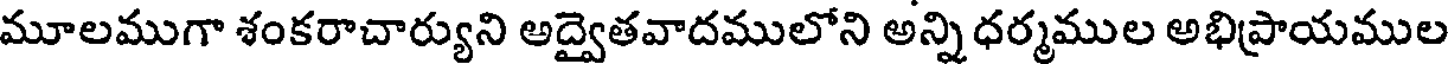
మూలముగా శంకరాచార్యుని అద్వైతవాదములోని అన్ని ధర్మముల అభిప్రాయముల